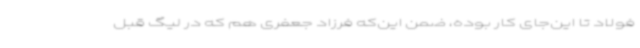
فولاد تا این‌جای کار بوده، ضمن این‌که فرزاد جعفری هم که در لیگ قبل